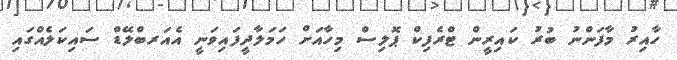
ހާއިރު މާފަންނު ބުރު ކައިރީން ޓްރެފިކް ޕޮލިސް މިހާއަށް ހަމަލާދީފައިވަނީ އެއަރބްލޭޑް ސައިކަލެއްގައި